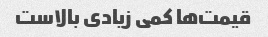
قیمت‌ها کمی زیادی بالاست